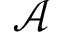
\mathcal { A }